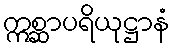
ဣစ္ဆာပရိယုဋ္ဌာနံ